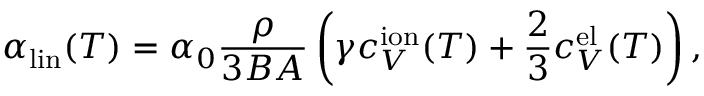
\alpha _ { \mathrm { l i n } } ( T ) = \alpha _ { 0 } \frac { \rho } { 3 B A } \left( \gamma c _ { V } ^ { \mathrm { i o n } } ( T ) + \frac 2 3 c _ { V } ^ { \mathrm { e l } } ( T ) \right) ,